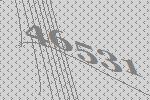
46531